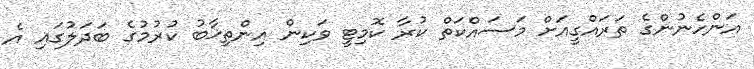
އަންހެނުންގެ ތަރައްގީއަށް މަސައްކަތް ކުރާ ކޮމިޓީ ވަކިން އިންތިޚާބު ކުރުމުގެ ބަދަލުގައި އެ